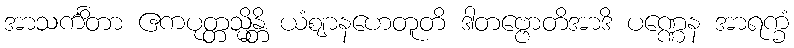
အာသင်္ကိတာ ဧကပုတ္တသ္မိန္တိ ယံဈာနဟေတူတိ ဒါတဗ္ဗောတိအာဒိ ပဏ္ဏေန အာရက္ခံ